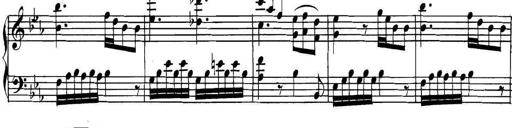
Title: Collected Piano Sonatas
Composer: Muzio Clementi